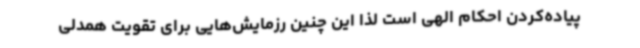
پیاده‌کردن احکام الهی است لذا این چنین رزمایش‌هایی برای تقویت همدلی